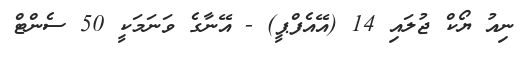
ނިއު ޔޯކް ޖުލައި 14 (އޭއެފްޕީ) - އޭނާގެ ވަނަމަކީ 50 ސެންޓް